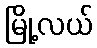
မြို့လယ်